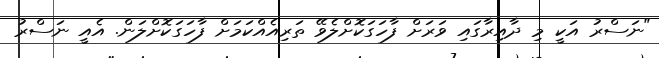
"ނަސްރު އަކީ މި ދާއިރާގައި ވަރަށް ފާހަގަކޮށްލެވޭ ތަރިއެއްކަމަށް ފާހަގަކޮށްލަން. އެއީ ނަސްރު